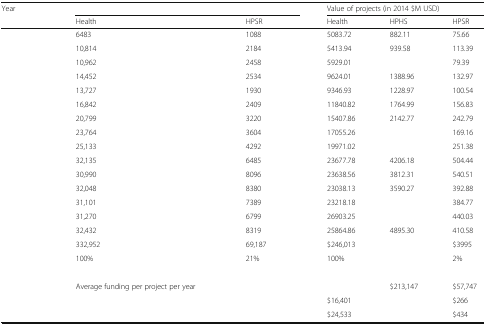
<table><thead><tr><td rowspan="2"><b>Year</b></td><td colspan="3">[EMPTY_CELL]</td><td colspan="3"><b>Value of projects (in 2014 $M USD)</b></td></tr><tr><td><b>Health</b></td><td>[EMPTY_CELL]</td><td><b>HPSR</b></td><td><b>Health</b></td><td><b>HPHS</b></td><td><b>HPSR</b></td></tr></thead><tbody><tr><td>[EMPTY_CELL]</td><td>6483</td><td>[EMPTY_CELL]</td><td>1088</td><td>5083.72</td><td>882.11</td><td>75.66</td></tr><tr><td>[EMPTY_CELL]</td><td>10,814</td><td>[EMPTY_CELL]</td><td>2184</td><td>5413.94</td><td>939.58</td><td>113.39</td></tr><tr><td>[EMPTY_CELL]</td><td>10,962</td><td>[EMPTY_CELL]</td><td>2458</td><td>5929.01</td><td>[EMPTY_CELL]</td><td>79.39</td></tr><tr><td>[EMPTY_CELL]</td><td>14,452</td><td>[EMPTY_CELL]</td><td>2534</td><td>9624.01</td><td>1388.96</td><td>132.97</td></tr><tr><td>[EMPTY_CELL]</td><td>13,727</td><td>[EMPTY_CELL]</td><td>1930</td><td>9346.93</td><td>1228.97</td><td>100.54</td></tr><tr><td>[EMPTY_CELL]</td><td>16,842</td><td>[EMPTY_CELL]</td><td>2409</td><td>11840.82</td><td>1764.99</td><td>156.83</td></tr><tr><td>[EMPTY_CELL]</td><td>20,799</td><td>[EMPTY_CELL]</td><td>3220</td><td>15407.86</td><td>2142.77</td><td>242.79</td></tr><tr><td>[EMPTY_CELL]</td><td>23,764</td><td>[EMPTY_CELL]</td><td>3604</td><td>17055.26</td><td>[EMPTY_CELL]</td><td>169.16</td></tr><tr><td>[EMPTY_CELL]</td><td>25,133</td><td>[EMPTY_CELL]</td><td>4292</td><td>19971.02</td><td>[EMPTY_CELL]</td><td>251.38</td></tr><tr><td>[EMPTY_CELL]</td><td>32,135</td><td>[EMPTY_CELL]</td><td>6485</td><td>23677.78</td><td>4206.18</td><td>504.44</td></tr><tr><td>[EMPTY_CELL]</td><td>30,990</td><td>[EMPTY_CELL]</td><td>8096</td><td>23638.56</td><td>3812.31</td><td>540.51</td></tr><tr><td>[EMPTY_CELL]</td><td>32,048</td><td>[EMPTY_CELL]</td><td>8380</td><td>23038.13</td><td>3590.27</td><td>392.88</td></tr><tr><td>[EMPTY_CELL]</td><td>31,101</td><td>[EMPTY_CELL]</td><td>7389</td><td>23218.18</td><td>[EMPTY_CELL]</td><td>384.77</td></tr><tr><td>[EMPTY_CELL]</td><td>31,270</td><td>[EMPTY_CELL]</td><td>6799</td><td>26903.25</td><td>[EMPTY_CELL]</td><td>440.03</td></tr><tr><td>[EMPTY_CELL]</td><td>32,432</td><td>[EMPTY_CELL]</td><td>8319</td><td>25864.86</td><td>4895.30</td><td>410.58</td></tr><tr><td>[EMPTY_CELL]</td><td>332,952</td><td>[EMPTY_CELL]</td><td>69,187</td><td>$246,013</td><td>[EMPTY_CELL]</td><td>$3995</td></tr><tr><td>[EMPTY_CELL]</td><td>100%</td><td>[EMPTY_CELL]</td><td>21%</td><td>100%</td><td>[EMPTY_CELL]</td><td>2%</td></tr><tr><td colspan="7">[EMPTY_CELL]</td></tr><tr><td rowspan="3">[EMPTY_CELL]</td><td colspan="3">Average funding per project per year</td><td>[EMPTY_CELL]</td><td>$213,147</td><td>$57,747</td></tr><tr><td colspan="3">[EMPTY_CELL]</td><td>$16,401</td><td>[EMPTY_CELL]</td><td>$266</td></tr><tr><td colspan="3">[EMPTY_CELL]</td><td>$24,533</td><td>[EMPTY_CELL]</td><td>$434</td></tr></tbody></table>